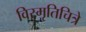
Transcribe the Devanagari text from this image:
विस्मृतिचित्रे